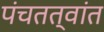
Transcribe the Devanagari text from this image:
पंचतत्वांत